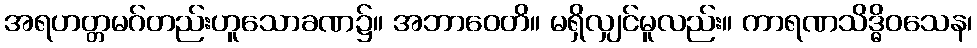
အရဟတ္တမဂ်တည်းဟူသောခဏ၌။ အဘာဝေတိ။ မရှိလျှင်မူလည်း။ ကာရဏသိဒ္ဓိဝသေန၊